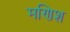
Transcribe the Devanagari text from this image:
मणिश